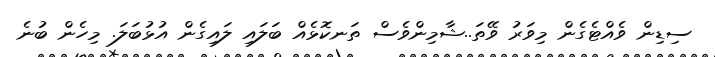
ސިޑިން ވެއްޓެގެން މިވަރު ވޭތަ..ޝާމިންވެސް ތަނކޮޅެއް ބަލައި ލައިގެން އުޅުބަލަ. މިހެން ބުނެ